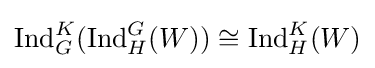
{\text{Ind}}_{G}^{K}({\text{Ind}}_{H}^{G}(W))\cong {\text{Ind}}_{H}^{K}(W)